Indian journal of veterinary science and animal husbandry - Volume 9,
Year: 1939
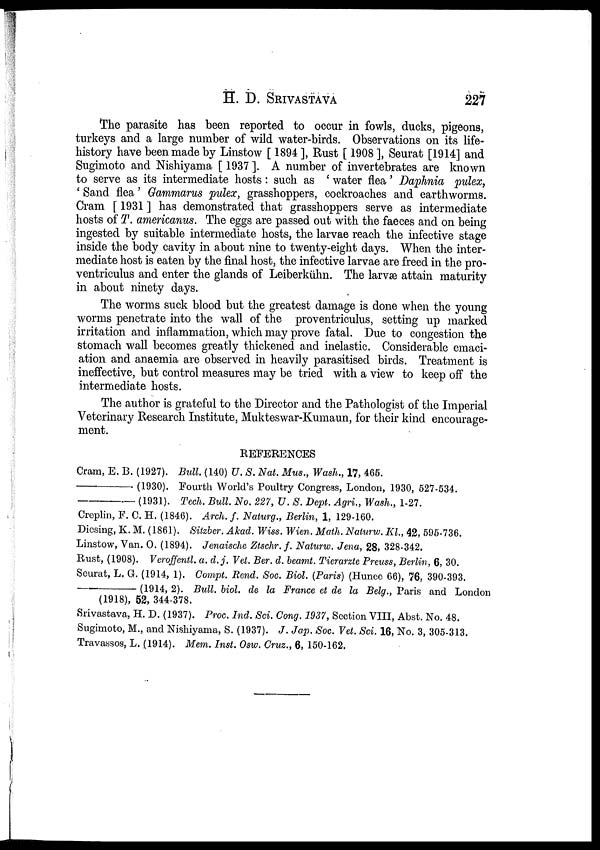
H. D.
SRIVASTAVA
227
The parasite has been reported to occur in fowls, ducks, pigeons,
turkeys and a large number of wild water-birds. Observations on its life-
history have been made by Linstow [ 1894 ], Rust [ 1908 ], Seurat [1914] and
Sugimoto and Nishiyama [ 1937 ]. A number of invertebrates are known
to serve as its intermediate hosts : such as ' water flea' Daphnia pulex,
' Sand flea' Gammarus pulex, grasshoppers, cockroaches and earthworms.
Cram [ 1931 ] has demonstrated that grasshoppers serve as intermediate
hosts of T. americanus. The eggs are passed out with the faeces and on being
ingested by suitable intermediate hosts, the larvae reach the infective stage
inside the body cavity in about nine to twenty-eight days. When the inter-
mediate host is eaten by the final host, the infective larvae are freed in the pro-
ventriculus and enter the glands of Leiberkühn. The larvæ attain maturity
in about ninety days.
The worms suck blood but the greatest damage is done when the young
worms penetrate into the wall of the proventriculus, setting up marked
irritation and inflammation, which may prove fatal. Due to congestion the
stomach wall becomes greatly thickened and inelastic. Considerable emaci-
ation and anaemia are observed in heavily parasitised birds. Treatment is
ineffective, but control measures may be tried with a view to keep off the
intermediate hosts.
The author is grateful to the Director and the Pathologist of the Imperial
Veterinary Research Institute, Mukteswar-Kumaun, for their kind encourage-
ment.
REFERENCES
Cram, E. B. (1927). Bull. (140) U. S. Nat. Mus., Wash., 17, 465.
–––––––––(1930).
Fourth World's Poultry Congress, London, 1930, 527-534.
–––––––––(1931).
Tech. Bull. No. 227, U. S. Dept. Agri., Wash., 1-27.
Creplin, F. C. H. (1846). Arch. f. Naturg., Berlin, 1, 129-160.
Diesing, K. M. (1861). Sitzber. Akad. Wiss. Wien. Math. Naturw. Kl., 42, 595-736.
Linstow, Van. O. (1894). Jenaische Ztschr.f. Naturw. Jena, 28, 328-342.
Rust, (1908). Veroffentl. a. d.j. Vet. Ber. d. beamt. Tierarzte Preuss, Berlin, 6, 30.
Seurat, L. G. (1914, 1). Compt. Rend. Soc. Biol. (Paris) (Hunee 66), 76, 390-393.
(1914, 2). Bull. biol. de la France et de la Belg., Paris and London
(1918), 52, 344-378.
Srivastava, H. D. (1937). Proc. Ind. Sci. Gong. 1937, Section VIII, Abst. No. 48.
Sugimoto, M., and Nishiyama, S. (1937). J. Jap. Soc. Vet. Sci. 16, No. 3, 305-313.
Travassos, L. (1914). Mem. Inst. Osw. Cruz., 6, 150-162.